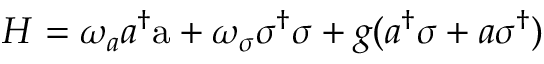
H = \omega _ { a } a ^ { \dagger } \mathrm { a } + \omega _ { \sigma } \sigma ^ { \dagger } \sigma + g ( a ^ { \dagger } \sigma + a \sigma ^ { \dagger } )